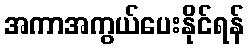
အကာအကွယ်ပေးနိုင်ရန်